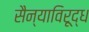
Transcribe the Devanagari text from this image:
सैन्याविरूद्ध